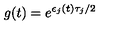
g ( t ) = e ^ { \epsilon _ { j } ( t ) \tau _ { j } / 2 }